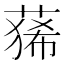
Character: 𮐑